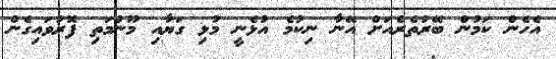
އެހެން ކަމުން ބޭރުތެރެއަށް އޭނާ ނިކުމެ އުޅެނީ މުޅި ގަޔާއި މޫނުމަތި ފޮރުވައިގެން